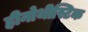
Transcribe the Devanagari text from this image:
हीनोथीस्टिक